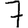
Digit: 7